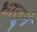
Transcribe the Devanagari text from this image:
धातूने